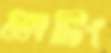
ভোটিং